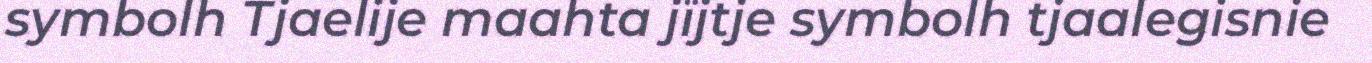
symbolh Tjaelije maahta jïjtje symbolh tjaalegisnie